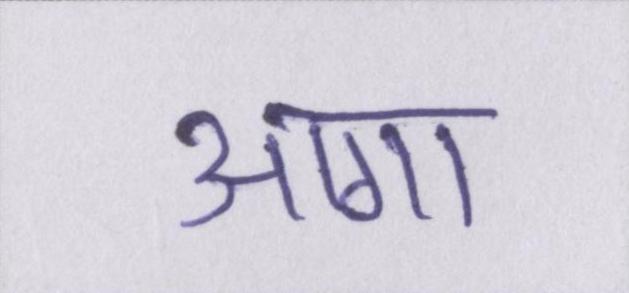
आगा